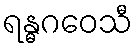
ရန္ဓဂဝေသီ